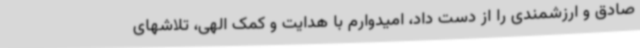
صادق و ارزشمندی را از دست داد، امیدوارم با هدایت و کمک الهی، تلاشهای